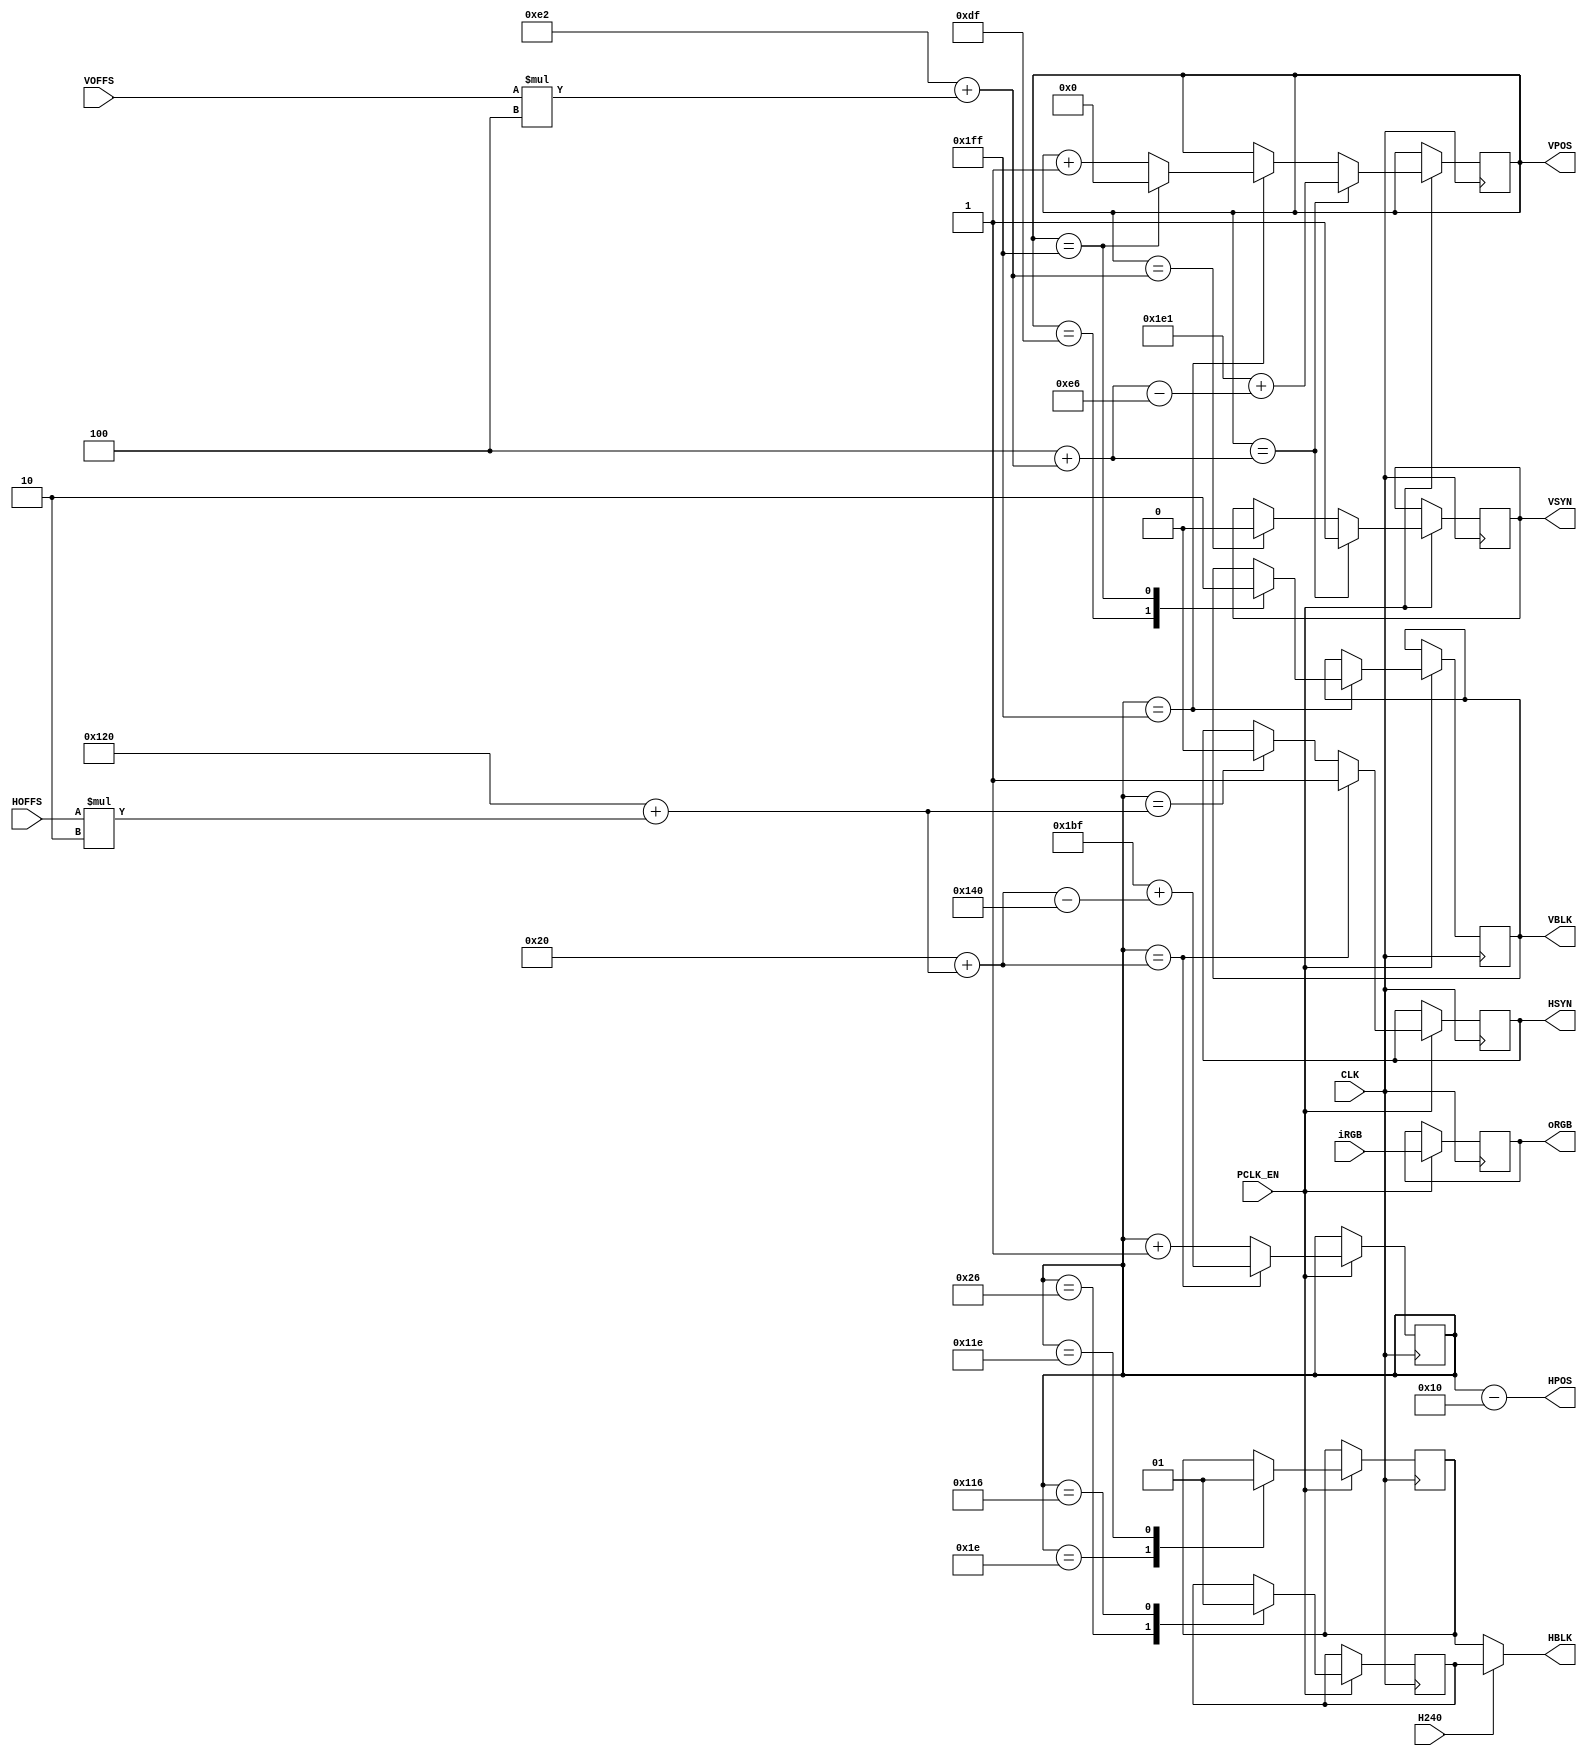
// Copyright (c) 2019 MiSTer-X

module HVGEN
(
	output  [8:0]		HPOS,
	output  [8:0]		VPOS,
	input         		CLK,
	input         		PCLK_EN,
	input	 [14:0]		iRGB,

	output reg [14:0]	oRGB,
	output    			HBLK,
	output reg			VBLK = 1,
	output reg			HSYN = 1,
	output reg			VSYN = 1,

	input					H240,

	input   [8:0]		HOFFS,
	input	  [8:0]		VOFFS
);

reg [8:0] hcnt = 0;
reg [8:0] vcnt = 0;

assign HPOS = hcnt-9'd16;
assign VPOS = vcnt;

wire [8:0] HS_B = 9'd288+(HOFFS*2'd2);
wire [8:0] HS_E =  9'd32+(HS_B);
wire [8:0] HS_N = 9'd447+(HS_E-9'd320);

wire [8:0] VS_B = 9'd226+(VOFFS*3'd4);
wire [8:0] VS_E =   9'd4+(VS_B);
wire [8:0] VS_N = 9'd481+(VS_E-9'd230);

reg hblk240;
reg hblk256;

assign HBLK = H240 ? hblk240 : hblk256;

always @(posedge CLK) begin
	if (PCLK_EN) begin
		hcnt <= hcnt + 1'd1;
		case (hcnt)
		 30: hblk256 <= 0;
		 38: hblk240 <= 0;
		278: hblk240 <= 1;
		286: hblk256 <= 1;
		511: begin
			case (vcnt)
				223: begin VBLK <= 1; vcnt <= vcnt+9'd1; end
				511: begin VBLK <= 0; vcnt <= 0; end
				default: vcnt <= vcnt+9'd1;
			endcase
			end
		endcase

		if (hcnt==HS_B) begin HSYN <= 0; end
		if (hcnt==HS_E) begin HSYN <= 1; hcnt <= HS_N; end

		if (vcnt==VS_B) begin VSYN <= 0; end
		if (vcnt==VS_E) begin VSYN <= 1; vcnt <= VS_N; end

		oRGB <= iRGB;
	end
end

endmodule